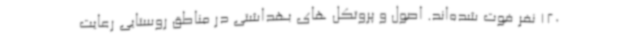
120 نفر فوت شده‌اند. اصول و پروتکل های بهداشتی در مناطق روستایی رعایت